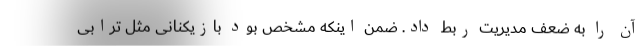
آن را به ضعف مدیریت ربط داد. ضمن اینکه مشخص بود بازیکنانی مثل ترابی